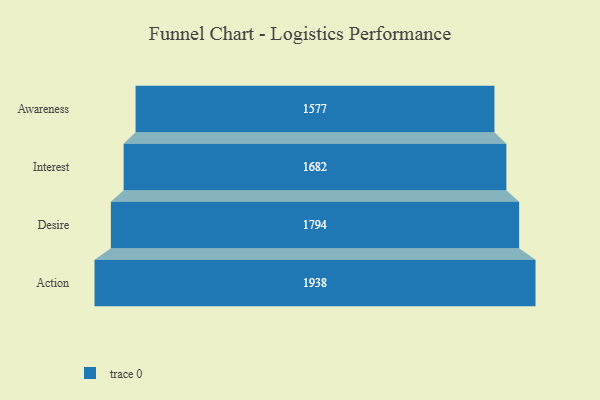
{"axis": {"x": "Stage", "y": "Value"}, "legend": [""], "data": [{"x": "Awareness", "y": 1577.0, "type": ""}, {"x": "Interest", "y": 1682.0, "type": ""}, {"x": "Desire", "y": 1794.0, "type": ""}, {"x": "Action", "y": 1938.0, "type": ""}]}